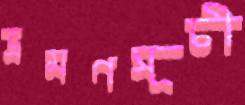
ভ্রমণসূচী